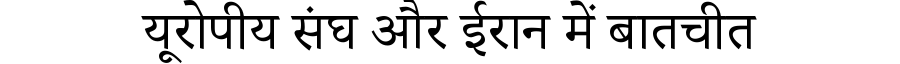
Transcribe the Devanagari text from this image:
यूरोपीय संघ और ईरान में बातचीत